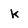
Character: k